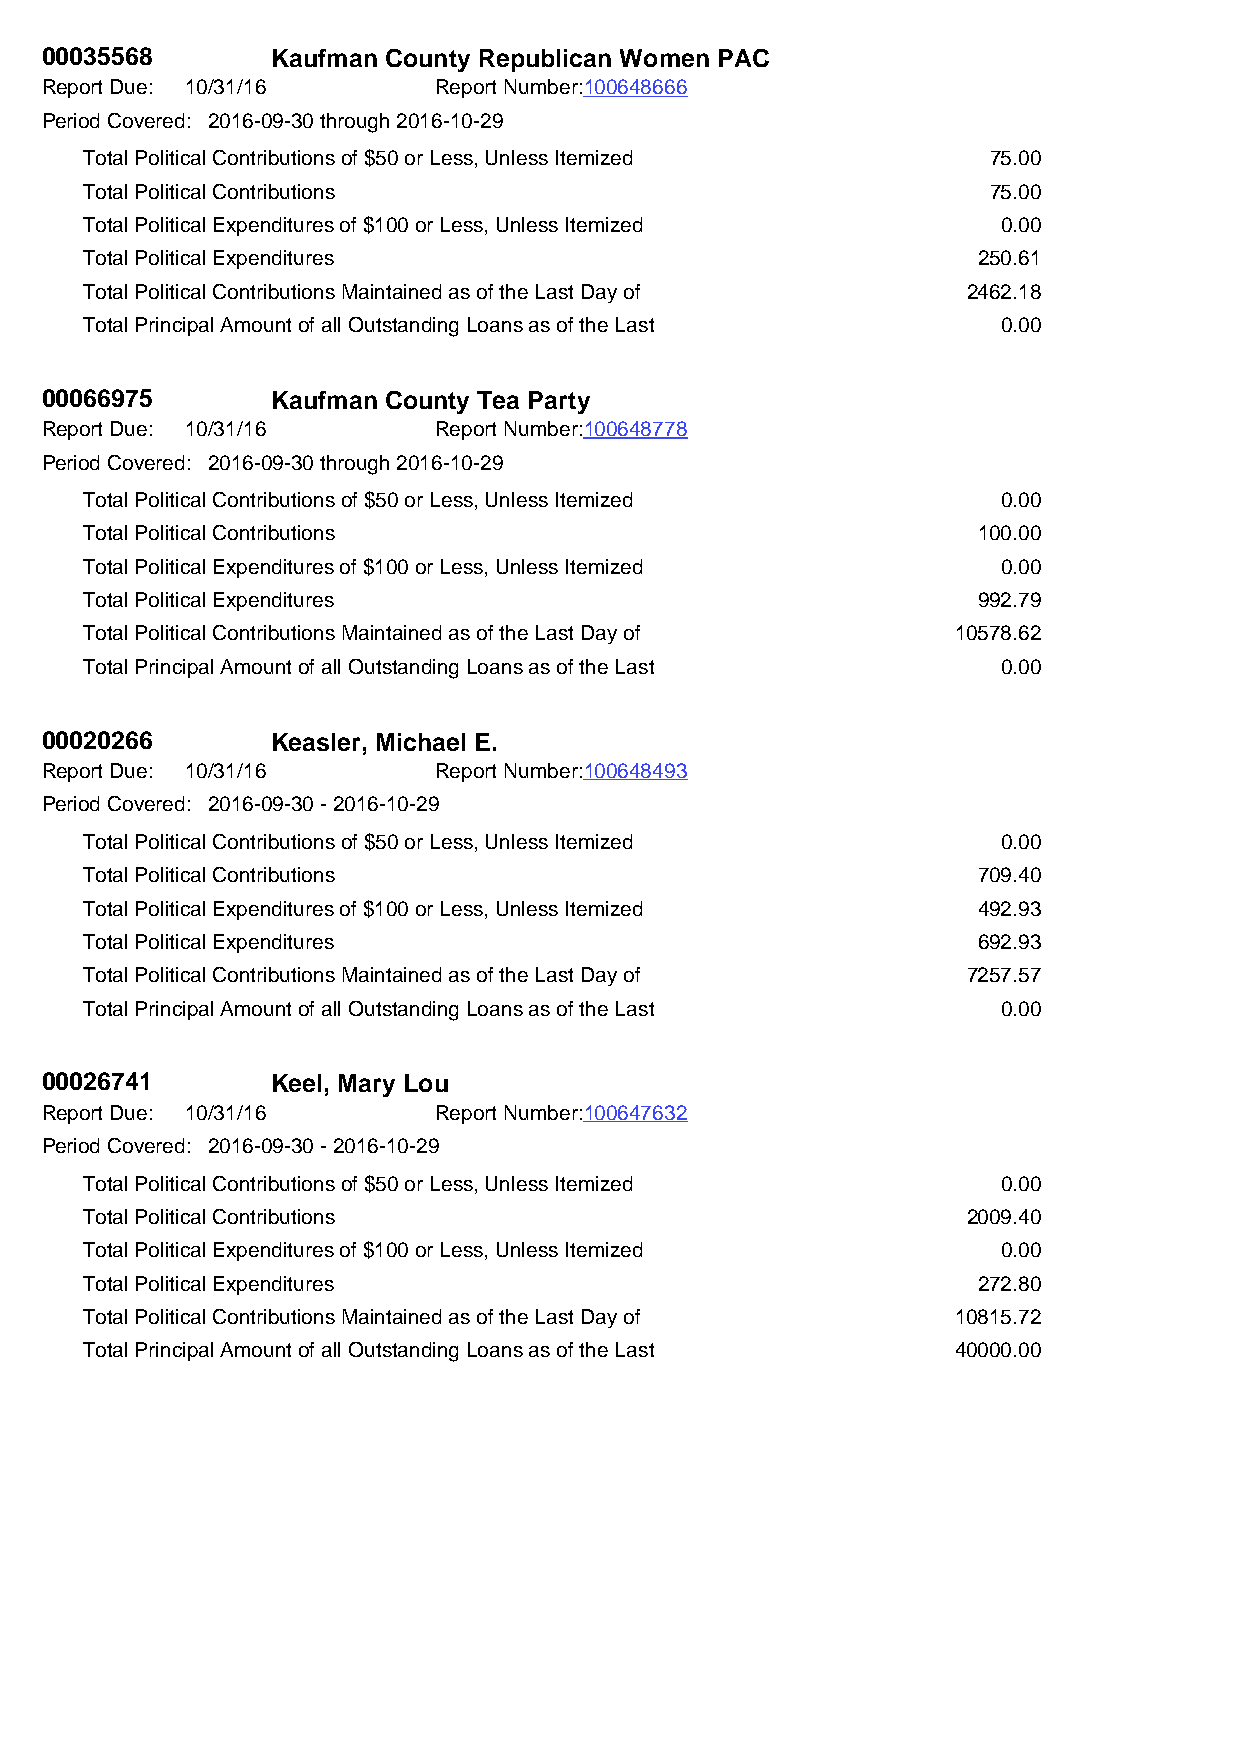
00035568       Kaufman County Republican Women PAC
 Report Due: 10/31/16      Report Number:100648666
 Period Covered: 2016-09-30 through 2016-10-29
 Total Political Contributions of $50 or Less, Unless Itemized 75.00
 Total Political Contributions                               75.00
 Total Political Expenditures of $100 or Less, Unless Itemized 0.00
 Total Political Expenditures                               250.61
 Total Political Contributions Maintained as of the Last Day of 2462.18
 Total Principal Amount of all Outstanding Loans as of the Last 0.00
 00066975       Kaufman County Tea Party
 Report Due: 10/31/16      Report Number:100648778
 Period Covered: 2016-09-30 through 2016-10-29
 Total Political Contributions of $50 or Less, Unless Itemized 0.00
 Total Political Contributions                              100.00
 Total Political Expenditures of $100 or Less, Unless Itemized 0.00
 Total Political Expenditures                               992.79
 Total Political Contributions Maintained as of the Last Day of 10578.62
 Total Principal Amount of all Outstanding Loans as of the Last 0.00
 00020266       Keasler, Michael E.
 Report Due: 10/31/16      Report Number:100648493
 Period Covered: 2016-09-30 - 2016-10-29
 Total Political Contributions of $50 or Less, Unless Itemized 0.00
 Total Political Contributions                              709.40
 Total Political Expenditures of $100 or Less, Unless Itemized 492.93
 Total Political Expenditures                               692.93
 Total Political Contributions Maintained as of the Last Day of 7257.57
 Total Principal Amount of all Outstanding Loans as of the Last 0.00
 00026741       Keel, Mary Lou
 Report Due: 10/31/16      Report Number:100647632
 Period Covered: 2016-09-30 - 2016-10-29
 Total Political Contributions of $50 or Less, Unless Itemized 0.00
 Total Political Contributions                             2009.40
 Total Political Expenditures of $100 or Less, Unless Itemized 0.00
 Total Political Expenditures                               272.80
 Total Political Contributions Maintained as of the Last Day of 10815.72
 Total Principal Amount of all Outstanding Loans as of the Last 40000.00